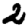
Digit: 2